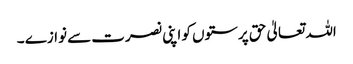
اللہ تعالیٰ حق پرستوں کو اپنی نصرت سے نوازے ۔